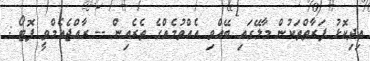
އިދިކޮޅު ފަރާތްތަކުން މާލޭގައި ބޭއްވި އެއްވުމެއްގެ ތެރެއިން -- ރާއްޖެއެމްވީ ފޮޓޯ :